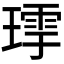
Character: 𤨹